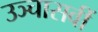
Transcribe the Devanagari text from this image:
उञ्चासवीं